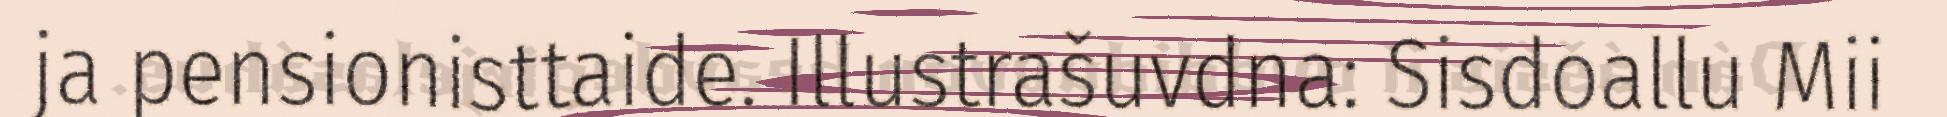
ja pensionisttaide. Illustrašuvdna: Sisdoallu Mii